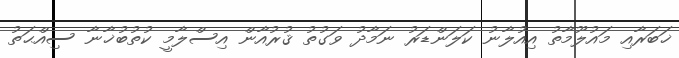
ޚަބަރާއި މައުލޫމާތު އިއުލާނު ކަލަންޑަރު ނަމާދު ވަގުތު ޤުރުއާން އިސްލާމީ ކުތުބުޚާނާ ސިއްޙަތު